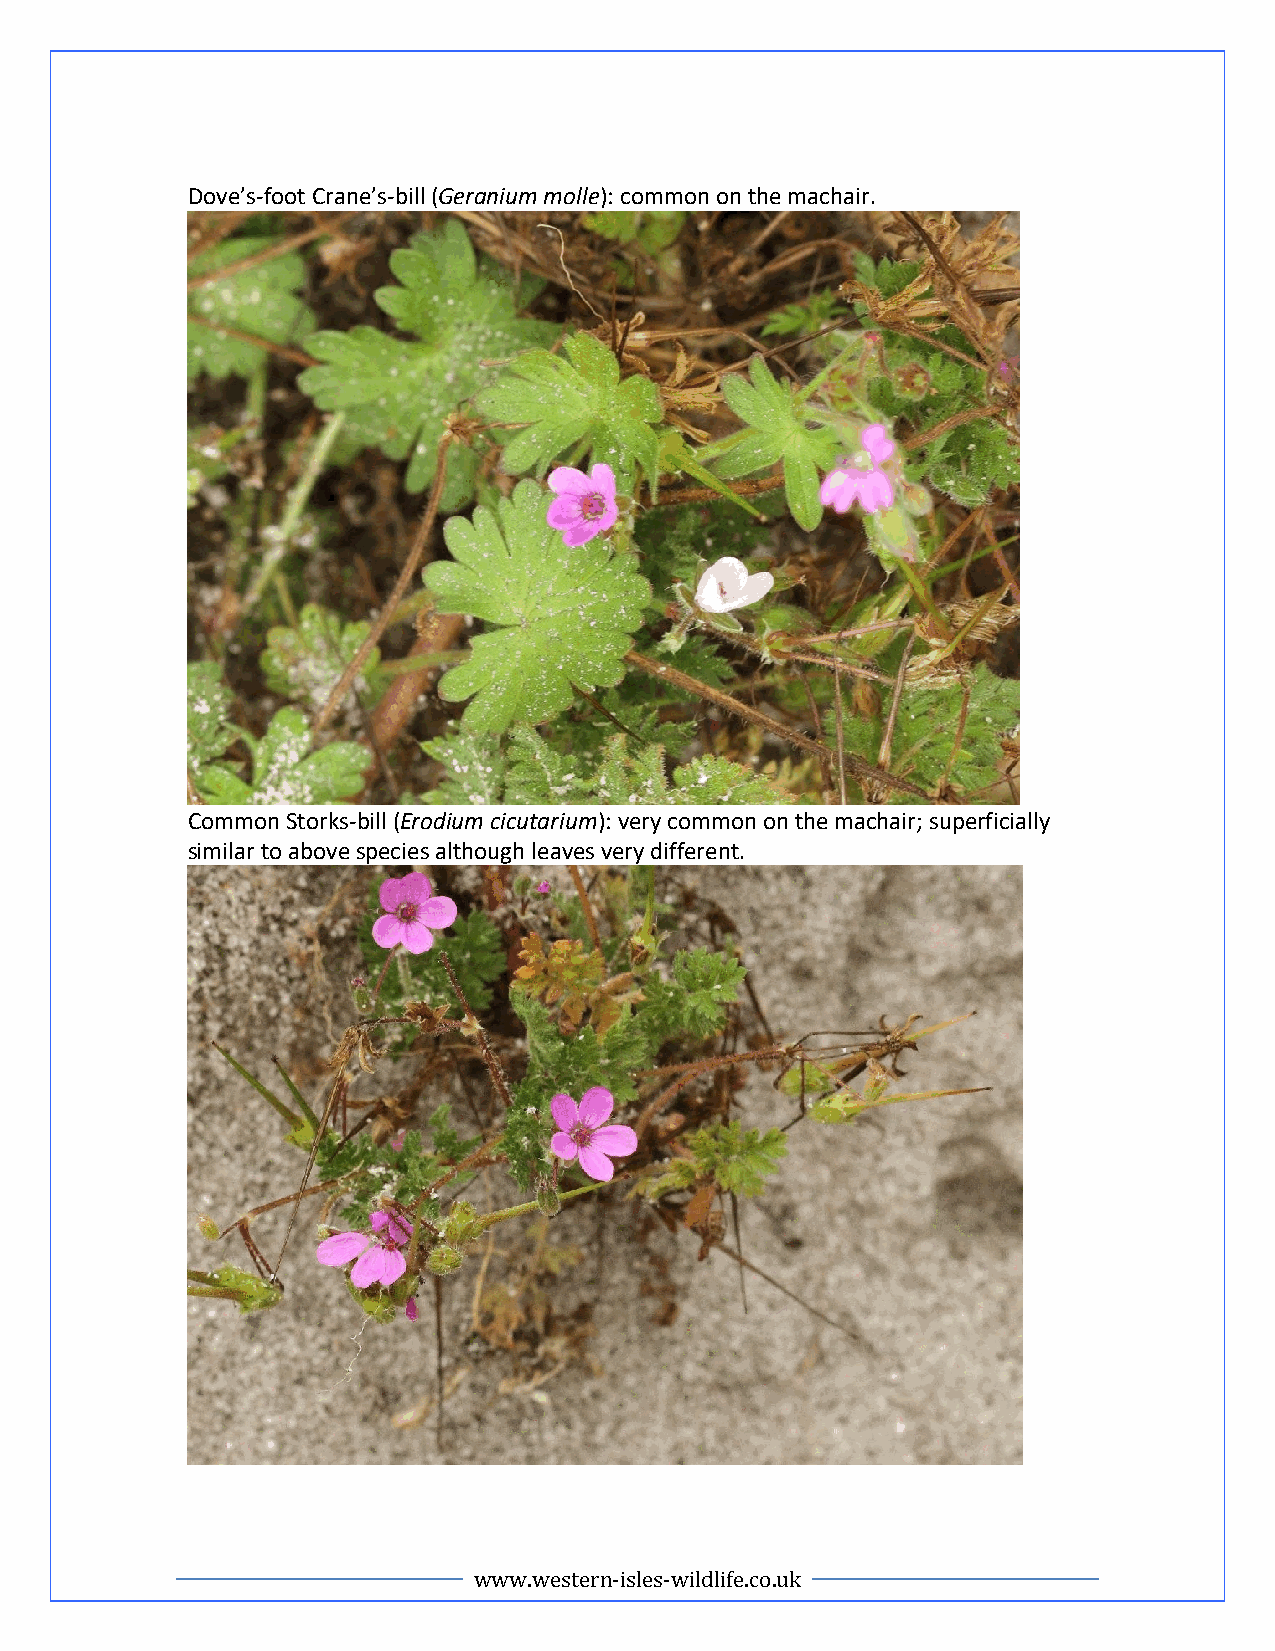
Dove’s-foot Crane’s-bill (Geranium molle): common on the machair.
 Common Storks-bill (Erodium cicutarium): very common on the machair; superficially
 similar to above species although leaves very different.
 www.western-isles-wildlife.co.uk